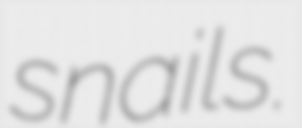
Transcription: snails.